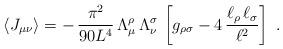
LaTeX: \begin{align*}\langle J_{\mu\nu}\rangle = - \,\frac{\pi^2}{90 L^4}\, \Lambda_{\mu}^{\rho} \,\Lambda_{\nu}^{\sigma} \,\left[g_{\rho\sigma}-4 \,\frac{\ell _{\rho}\, \ell _{\sigma}}{\ell^2}\right]\; .\end{align*}